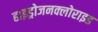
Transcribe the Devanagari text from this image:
हाइड्रोजनक्लोराइड